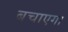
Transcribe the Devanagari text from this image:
बचाएगा